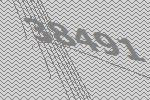
38491